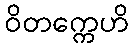
ဝိတက္ကေဟိ